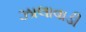
ઝાલાવાડી